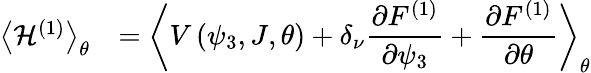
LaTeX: \begin{array}{cl}{\left<{\mathcal{H}^{\left(1\right)}}\right>_{\theta}}&{=\displaystyle\left<{V\left(\psi_{3},J,\theta\right)+\delta_{\nu}\frac{\partial F^{(1)}}{\partial\psi_{3}}+\frac{\partial F^{(1)}}{\partial\theta}}\right>_{\theta}}\end{array}